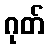
ဂုတ်